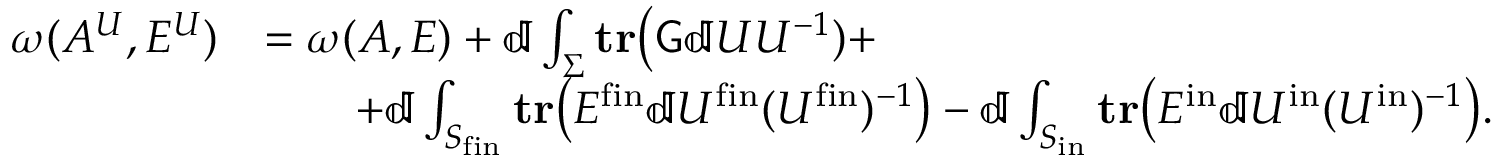
\begin{array} { r l } { \omega ( A ^ { U } , E ^ { U } ) } & { = \omega ( A , E ) + \mathbb { d } \int _ { \Sigma } \mathbf { t r } \big ( \mathsf { G } \mathbb { d } U U ^ { - 1 } ) + } \\ & { \qquad + \mathbb { d } \int _ { S _ { \mathrm { f i n } } } \mathbf { t r } \big ( E ^ { \mathrm { f i n } } \mathbb { d } U ^ { \mathrm { f i n } } ( U ^ { \mathrm { f i n } } ) ^ { - 1 } \big ) - \mathbb { d } \int _ { S _ { \mathrm { i n } } } \mathbf { t r } \big ( E ^ { \mathrm { i n } } \mathbb { d } U ^ { \mathrm { i n } } ( U ^ { \mathrm { i n } } ) ^ { - 1 } \big ) . } \end{array}